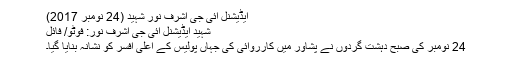
ایڈیشنل آئی جی اشرف نور شہید (24 نومبر 2017)
شہید ایڈیشنل آئی جی اشرف نور: فوٹو/ فائل
24 نومبر کی صبح دہشت گردوں نے پشاور میں کارروائی کی جہاں پولیس کے اعلیٰ افسر کو نشانہ بنایا گیا۔